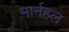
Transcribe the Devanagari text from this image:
मार्नहल